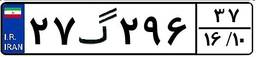
۲۶گ۷۱۵۷۲